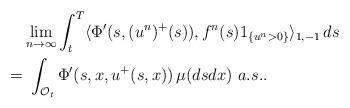
LaTeX: \begin{align*} &\lim_{n\rightarrow\infty} \int_t^T\langle\Phi'(s,(u^n)^+(s)),f^n(s)1_{\{u^n>0\}}\rangle _{1,-1}\,ds \\ = & ~ \int_{\mathcal{O}_t}\Phi'(s,x,u^+(s,x))\,\mu(dsdx)~a.s.. \end{align*}